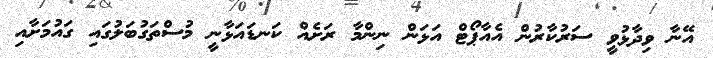
އޭނާ ވިދާޅުވީ ސަރުކާރުން އެއާޕޯޓް އަޅަން ނިންމާ ރަށެއް ކަނޑައަޅާނީ މުސްތަގުބަލުގައި ގައުމަށާއި